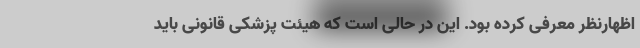
اظهارنظر معرفی کرده بود. این در حالی است که هیئت پزشکی قانونی باید